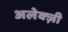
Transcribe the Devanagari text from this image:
अलेक्ज़ी